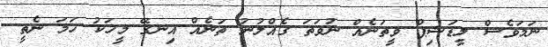
ނަމަވެސް ލީޑަޝިޕް ވީތަނެއް ނުވަތަ ގެއްލުނު ތަނެއް އިނގޭ މީހަކު ހަމަ ނެތީ